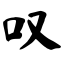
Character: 叹